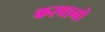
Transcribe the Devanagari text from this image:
करवानो